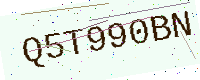
Text: Q5T990BN